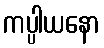
ကပ္ပါယနော